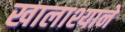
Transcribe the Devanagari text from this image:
खालाश्याने